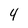
Character: 4